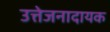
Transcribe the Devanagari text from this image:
उत्तेजनादायक